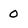
Character: 0